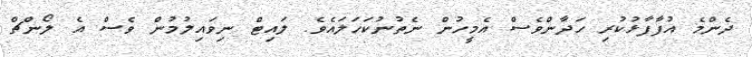
ދެންމެ އުފާފާޅުކުރި ހަދާންވެސް އެމީހުން ނެތުނުކަހަލައެވެ. ލައިޓް ނިވައިލުމުން ވެސް އެ ލޯންޗް